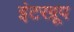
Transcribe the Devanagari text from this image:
इंटरग्रूप